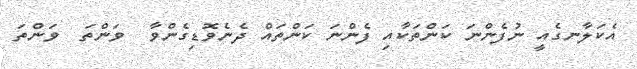
އެކަލާނގެއީ ނުފެންނަ ކަންތަކާއި ފެންނަ ކަންތައް ދެނެވޮޑިގެންވާ  ވަންތަ  ވަންތަ